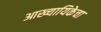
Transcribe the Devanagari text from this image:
आख्यायिकेचा